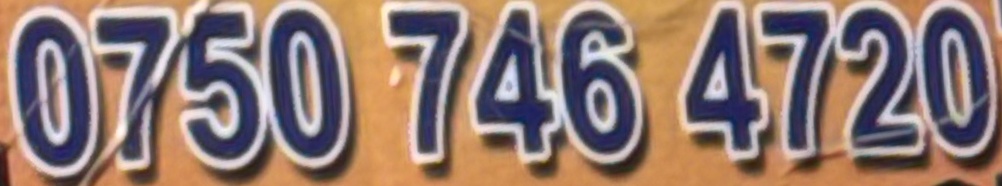
0750 746 4720